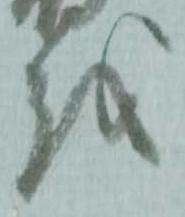
越